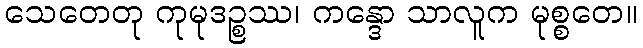
သေတေတု ကုမုဒဉ္စဿ၊ ကန္ဒော သာလူက မုစ္စတေ။